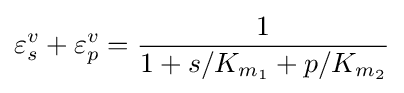
\varepsilon _{s}^{v}+\varepsilon _{p}^{v}={\frac {1}{1+s/K_{m_{1}}+p/K_{m_{2}}}}